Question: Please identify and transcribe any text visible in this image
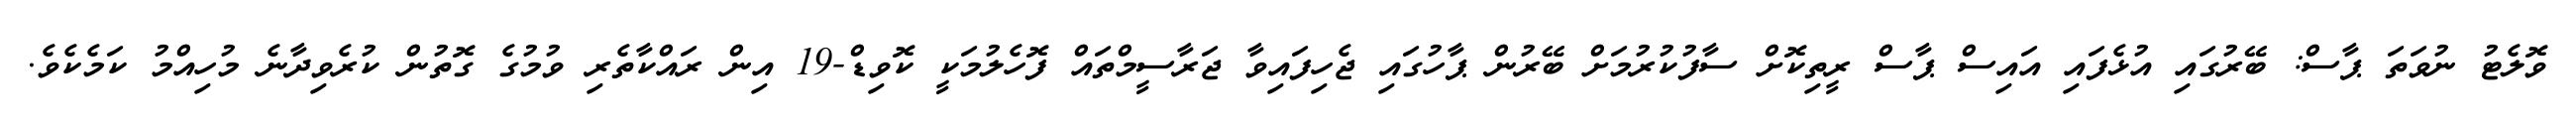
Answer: ވޮލެޓު ނުވަތަ ޕާސް: ބޭރުގައި އުޅެފައި އައިސް ޕާސް ރީތިކޮށް ސާފުކުރުމަށް ބޭރުން ޕާހުގައި ޖެހިފައިވާ ޖަރާސީމްތައް ފޮހެލުމަކީ ކޮވިޑް-19 އިން ރައްކާތެރި ވުމުގެ ގޮތުން ކުރެވިދާނެ މުހިއްމު ކަމެކެވެ.